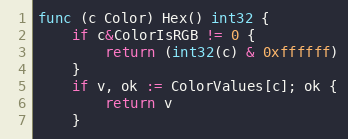
Language: Go
func (c Color) Hex() int32 {
	if c&ColorIsRGB != 0 {
		return (int32(c) & 0xffffff)
	}
	if v, ok := ColorValues[c]; ok {
		return v
	}